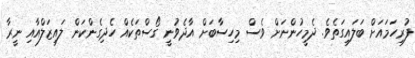
ފުރިހަމައަށް ބަލައިގަތެވެ. ދެމީހުންނަށް ވެސް މިހިސާބަށް އާދެވުނީ ގޯސްތަކެއް ހެދިގެންކަން ލައިޒަލްއާއި ނީރާ